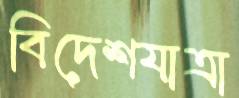
বিদেশযাত্রা